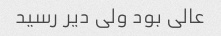
عالی بود ولی دیر رسید